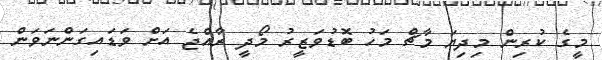
މީގެ ކުރިން މިދިޔަ މާޗް މަހު ބޮޑުވަޒީރު މޯދީ ރާއްޖެ އަށް ވަޑައިގަންނަވަން